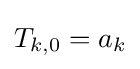
T_{k,0}=a_{k}